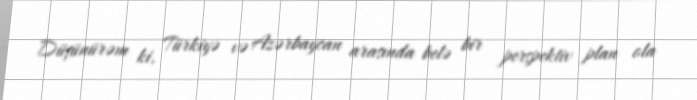
Düşünürəm ki, Türkiyə və Azərbaycan arasında belə bir perspektiv plan ola